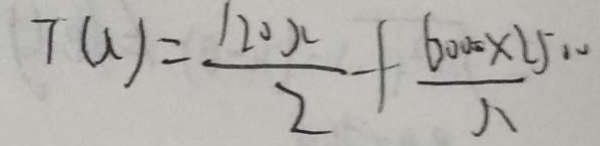
T ( \lambda ) = \frac { 1 2 0 x } { 2 } + \frac { 6 0 0 0 \times 2 5 0 0 } { \lambda }